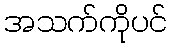
အသက်ကိုပင်